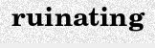
ruinating